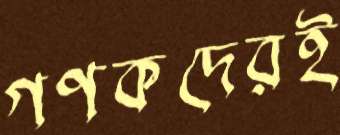
গণকদেরই